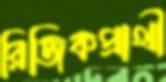
রিজিকপ্রার্থী